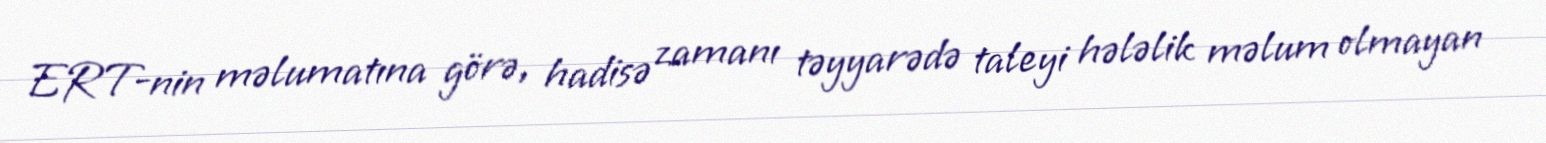
ERT-nin məlumatına görə, hadisə zamanı təyyarədə taleyi hələlik məlum olmayan